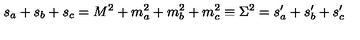
s _ { a } + s _ { b } + s _ { c } = M ^ { 2 } + m _ { a } ^ { 2 } + m _ { b } ^ { 2 } + m _ { c } ^ { 2 } \equiv \Sigma ^ { 2 } = s _ { a } ^ { \prime } + s _ { b } ^ { \prime } + s _ { c } ^ { \prime }